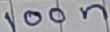
Text: 100n